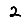
Digit: 2